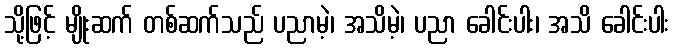
သို့ဖြင့် မျိုးဆက် တစ်ဆက်သည် ပညာမဲ့၊ အသိမဲ့၊ ပညာ ခေါင်းပါး၊ အသိ ခေါင်းပါး